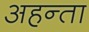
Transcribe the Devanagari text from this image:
अहन्ता